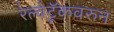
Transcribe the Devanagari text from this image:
रेल्वेट्रॅकवरुन